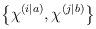
LaTeX: \begin{align*}\left\{ \chi^{\left( i|a\right) },\chi^{\left( j|b\right) }\right\}\end{align*}